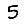
Digit: 5